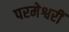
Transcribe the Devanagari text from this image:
परमेश्वरीं